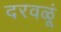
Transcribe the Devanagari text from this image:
दरवळूं